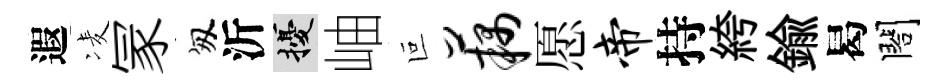
遐凌冡匆沂擾岫叵藕愿帝持絝鍮曷閤